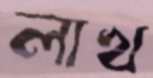
লাখ